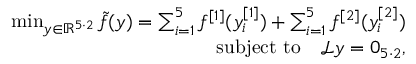
\begin{array} { r l r } & { } & { \operatorname* { m i n } _ { y \in \mathbb { R } ^ { 5 \cdot 2 } } \tilde { f } ( y ) = \sum _ { i = 1 } ^ { 5 } f ^ { [ 1 ] } ( y _ { i } ^ { [ 1 ] } ) + \sum _ { i = 1 } ^ { 5 } f ^ { [ 2 ] } ( y _ { i } ^ { [ 2 ] } ) } \\ & { } & { \mathrm { s u b j e c t ~ t o } \quad \mathcal { L } y = 0 _ { 5 \cdot 2 } , } \end{array}